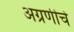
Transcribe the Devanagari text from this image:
अग्रणीचे